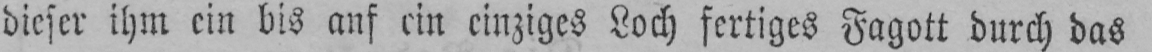
dieser ihm ein bis auf ein einziges Loch fertiges Fagott durch das